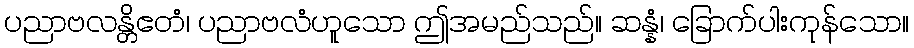
ပညာဗလန္တိဧတံ၊ ပညာဗလံဟူသော ဤအမည်သည်။ ဆန္နံ၊ ခြောက်ပါးကုန်သော။